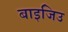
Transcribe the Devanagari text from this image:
बाइजिउ